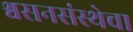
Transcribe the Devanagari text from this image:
श्वसनसंस्थेचा